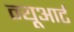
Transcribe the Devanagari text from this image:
न्यूआर्ट